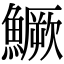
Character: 鱖